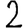
Digit: 2